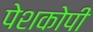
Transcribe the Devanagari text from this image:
पेशकोपी